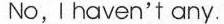
No, I haven't any.